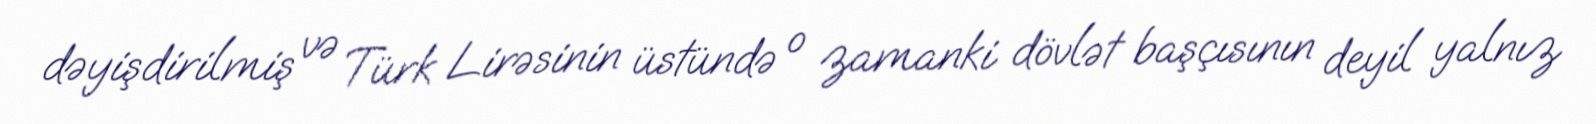
dəyişdirilmiş və Türk Lirəsinin üstündə o zamanki dövlət başçısının deyil yalnız